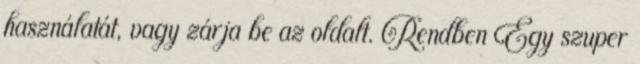
használatát, vagy zárja be az oldalt. Rendben Egy szuper